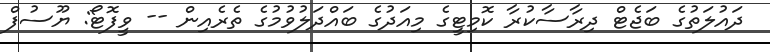
ދައުލަތުގެ ބަޖެޓް ދިރާސާކުރާ ކޮމިޓީގެ މިއަދުގެ ބައްދަލުވުމުގެ ތެރެއިން -- ވީފޮޓޯ: ޔޫސުފް